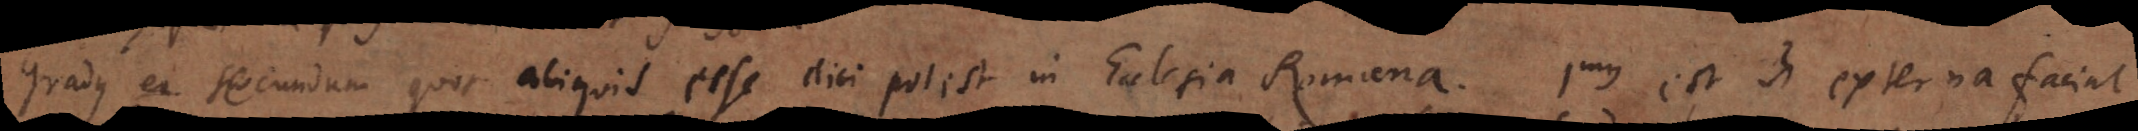
Gradus secundum quos aliquis esse dici potest in Ecclesia Romana. 1^mus est ut externa faciat,